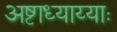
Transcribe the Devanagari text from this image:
अष्टाध्याय्याः